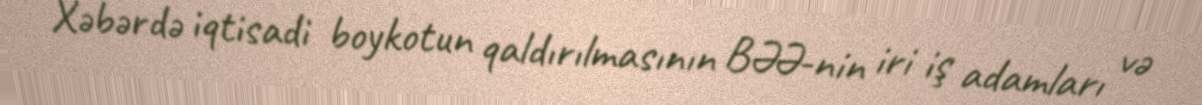
Xəbərdə iqtisadi boykotun qaldırılmasının BƏƏ-nin iri iş adamları və